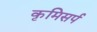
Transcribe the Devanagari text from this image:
कृमिसर्प